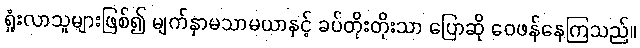
ရှုံးလာသူများဖြစ်၍ မျက်နှာမသာမယာနှင့် ခပ်တိုးတိုးသာ ပြောဆို ဝေဖန်နေကြသည်။